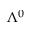
\Lambda ^ { 0 }